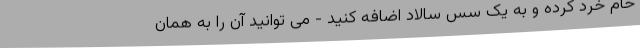
خام خرد کرده و به یک سس سالاد اضافه کنید - می توانید آن را به همان